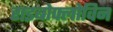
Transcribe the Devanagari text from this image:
राइबोफ्लोविन